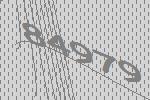
84979